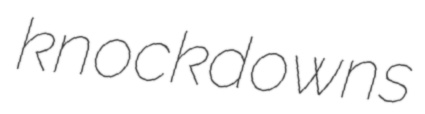
knockdowns